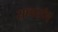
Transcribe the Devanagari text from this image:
सागरतीर्थ